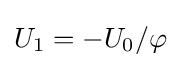
U_{1}=-U_{0}/\varphi